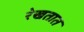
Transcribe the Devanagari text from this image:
रेखतात